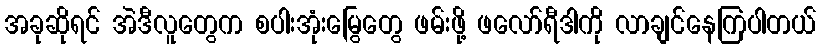
အခုဆိုရင် အဲဒီလူတွေက စပါးအုံးမြွေတွေ ဖမ်းဖို့ ဖလော်ရီဒါကို လာချင်နေကြပါတယ်